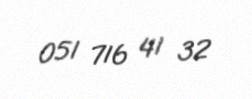
051 716 41 32